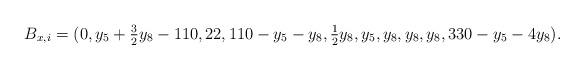
LaTeX: \begin{align*}B_{x,i}=(0, y_5 + \tfrac{3}{2} y_8-110, 22, 110 - y_5 - y_8, \tfrac{1}{2}y_8, y_5, y_8, y_8, y_8, 330 - y_5 - 4 y_8).\end{align*}